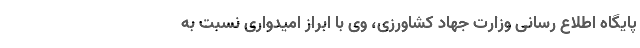
پایگاه اطلاع رسانی وزارت جهاد کشاورزی، وی با ابراز امیدواری نسبت به